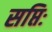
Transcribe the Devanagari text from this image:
सप्तिः